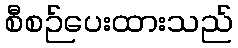
စီစဉ်ပေးထားသည်